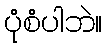
ပုံစံပါဘဲ။